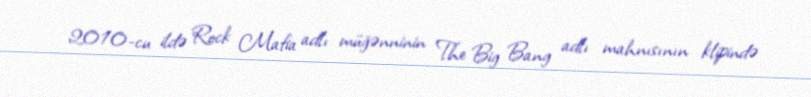
2010-cu ildə Rock Mafia adlı müğənninin The Big Bang adlı mahnısının klipində